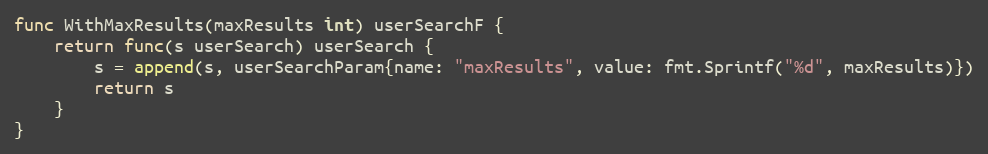
Language: Go
func WithMaxResults(maxResults int) userSearchF {
	return func(s userSearch) userSearch {
		s = append(s, userSearchParam{name: "maxResults", value: fmt.Sprintf("%d", maxResults)})
		return s
	}
}